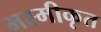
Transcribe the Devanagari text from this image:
भस्मीकृत